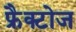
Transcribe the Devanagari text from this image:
फ्रैक्टोज